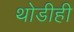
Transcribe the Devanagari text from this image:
थोडीही